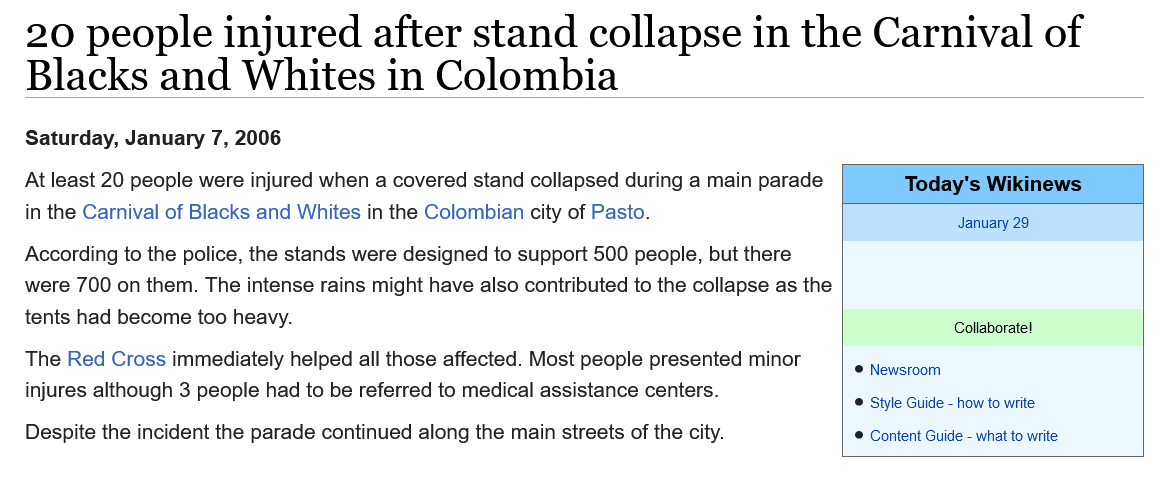
20   people    injured    after    stand    collapse    in  the   Carnival    of
   Blacks    and    Whites    in  Colombia
   According to the police, the stands were designed to support 500 people, but there
   were 700 on them. The intense rains might have also contributed to the collapse as the
   tents had become too heavy.
   The Red Cross immediately helped all those affected. Most people presented minor
   injures although 3 people had to be referred to medical assistance centers.
   Despite the incident the parade continued along the main streets of the city.
     Today's Wikinews
     January 29
     Collaborate!
     © Newsroom
     © Style Guide
     -
     how to write
     © Content Guide
     -
     what to write
   At least 20 people were injured when a covered stand collapsed during a main parade
   in the Carnival of Blacks and Whites in the Colombian city of Pasto.
   Saturday, January 7, 2006